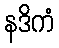
နဒိကံ